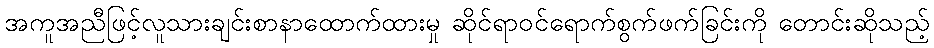
အကူအညီဖြင့်လူသားချင်းစာနာထောက်ထားမှု ဆိုင်ရာဝင်ရောက်စွက်ဖက်ခြင်းကို တောင်းဆိုသည့်